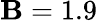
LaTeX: \mathbf{B}=1.9